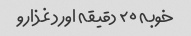
خوبه ۲۰ دقیقه اورد غذارو